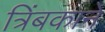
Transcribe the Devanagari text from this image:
त्रिंबकाने